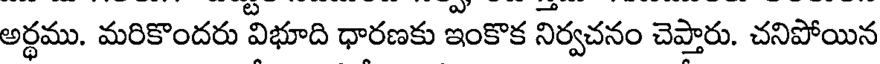
అర్ధము. మరికొందరు విభూది ధారణకు ఇంకొక నిర్వచనం చెప్తారు. చనిపోయిన